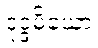
ဒုဒ္ဒမိယော